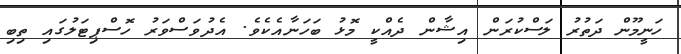
ހަނީމޫން ދަތުރު ލަސްކުރަން އިޝާން ދެއްކީ މޮޅު ބަހަނާއެކެވެ. އެދުވަސްވަރު ހޮސްޕިޓަލުގައި ތިބި